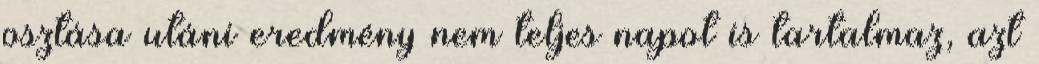
osztása utáni eredmény nem teljes napot is tartalmaz, azt